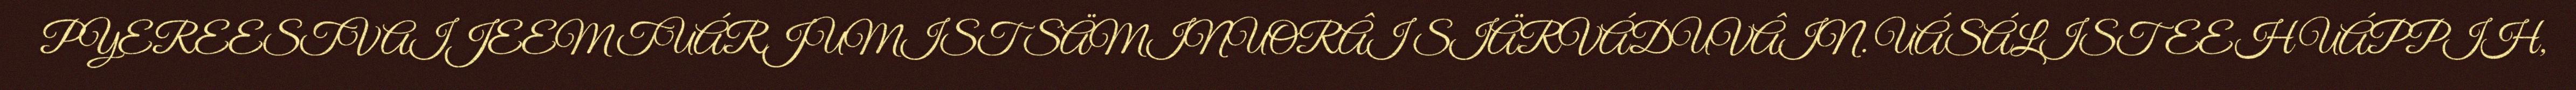
PYEREESTVAIJEEM TUÁRJUMIST SÄMINUORÂI SIÄRVÁDUVÂIN. UÁSÁLISTEEH UÁPPIH,